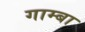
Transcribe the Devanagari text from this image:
गाम्बा